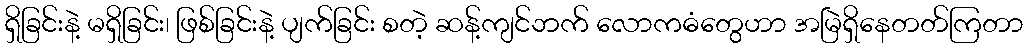
ရှိခြင်းနဲ့ မရှိခြင်း၊ ဖြစ်ခြင်းနဲ့ ပျက်ခြင်း စတဲ့ ဆန့်ကျင်ဘက် လောကဓံတွေဟာ အမြဲရှိနေတတ်ကြတာ